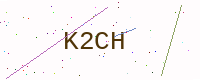
Text: K2CH